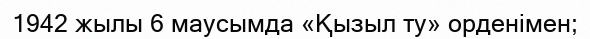
1942 жылы 6 маусымда «Қызыл ту» орденімен;